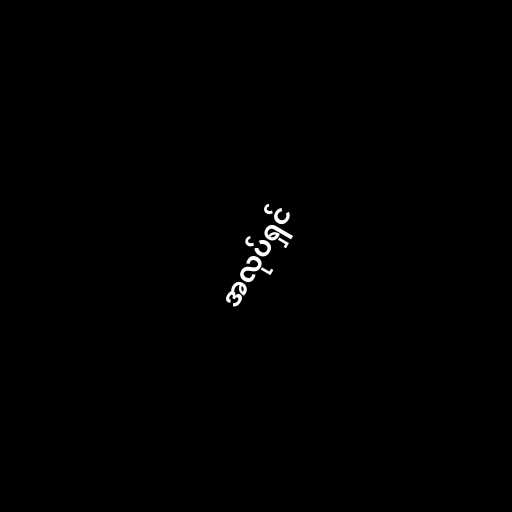
အလုပ်ရှင်